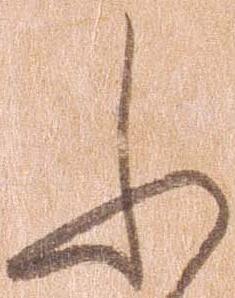
ふ